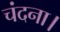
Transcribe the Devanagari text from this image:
चंदना।